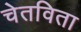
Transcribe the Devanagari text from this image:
चेतविता